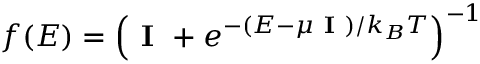
f ( \boldsymbol { E } ) = \left( \textbf { I } + e ^ { - ( \boldsymbol { E } - \mu \textbf { I } ) / k _ { B } T } \right) ^ { - 1 }